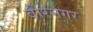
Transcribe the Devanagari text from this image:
वीरनगर